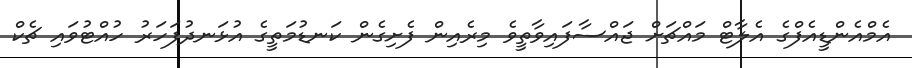
އެމްއެންޑީއެފްގެ އެލާޓް މައްޗަށް ޖައްސާފައިވާތީވެ މިރެއިން ފެށިގެން ކަނޑުމަތީގެ އުޅަނދުފަހަރު ހުއްޓުވައި ޗެކް